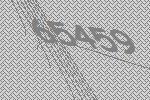
65459